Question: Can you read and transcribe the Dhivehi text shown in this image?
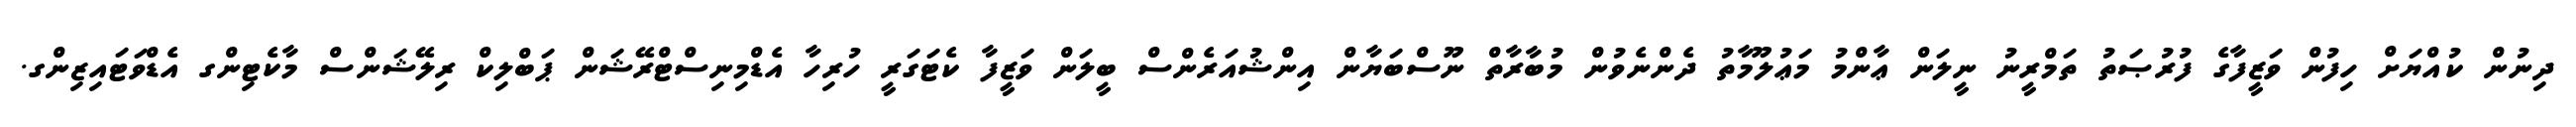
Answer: ދިނުން ކުއްޔަށް ހިފުން ވަޒީފާގެ ފުރުޞަތު ތަމްރީނު ނީލަން ޢާންމު މަޢުލޫމާތު ދެންނެވުން މުބާރާތް ނޫސްބަޔާން އިންޝުއަރެންސް ބީލަން ވަޒީފާ ކެޓަގަރީ ހުރިހާ އެޑްމިނިސްޓްރޭޝަން ޕަބްލިކް ރިލޭޝަންސް މާކެޓިންގ އެޑްވަޓައިޒިންގ.